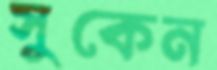
সুকেন